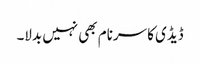
ڈیڈی کا سرنام بھی نہیں بدلا۔